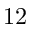
1 2